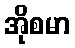
အိုစမာ